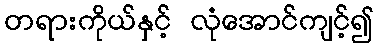
တရားကိုယ်နှင့် လုံအောင်ကျင့်၍